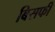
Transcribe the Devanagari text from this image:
बिसफी